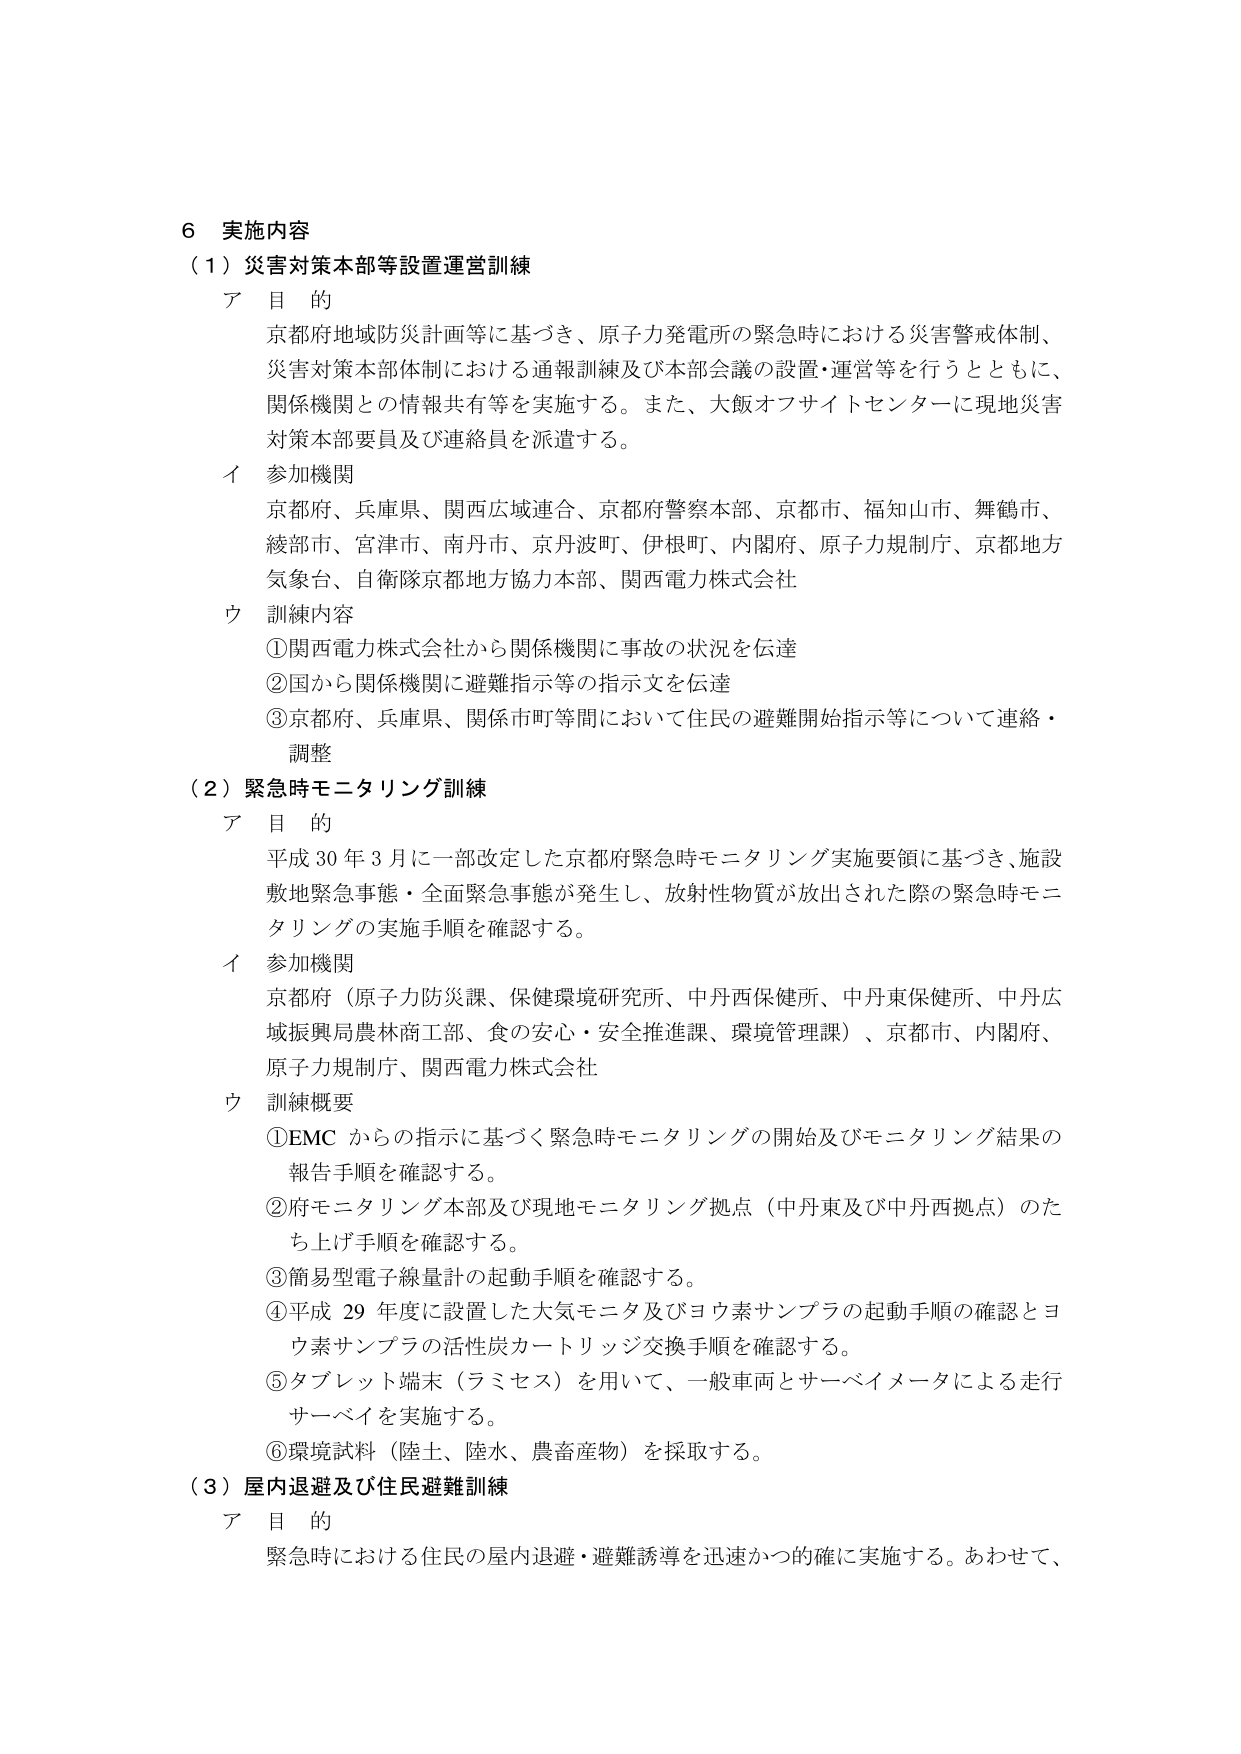
6 実施内容
（1）災害対策本部等設置運営訓練
ア 目 的
京都府地域防災計画等に基づき、原子力発電所の緊急時における災害警戒体制、
災害対策本部体制における通報訓練及び本部会議の設置・運営等を行うとともに、
関係機関との情報共有等を実施する。また、大飯オフサイトセンターに現地災害
対策本部要員及び連絡員を派遣する。
イ 参加機関
京都府、兵庫県、関西広域連合、京都府警察本部、京都市、福知山市、舞鶴市、
綾部市、宮津市、南丹市、京丹波町、伊根町、内閣府、原子力規制庁、京都地方
気象台、自衛隊京都地方協力本部、関西電力株式会社
ウ 訓練内容
①関西電力株式会社から関係機関に事故の状況を伝達
②国から関係機関に避難指示等の指示文を伝達
③京都府、兵庫県、関係市町等間において住民の避難開始指示等について連絡・
調整
（2）緊急時モニタリング訓練
ア 目 的
平成30年3月に一部改定した京都府緊急時モニタリング実施要領に基づき、施設
敷地緊急事態・全面緊急事態が発生し、放射性物質が放出された際の緊急時モニ
タリングの実施手順を確認する。
イ 参加機関
京都府（原子力防災課、保健環境研究所、中丹西保健所、中丹東保健所、中丹広
域振興局農林商工部、食の安心・安全推進課、環境管理課）、京都市、内閣府、
原子力規制庁、関西電力株式会社
ウ 訓練概要
①EMCからの指示に基づく緊急時モニタリングの開始及びモニタリング結果の
報告手順を確認する。
②府モニタリング本部及び現地モニタリング拠点（中丹東及び中丹西拠点）のた
ち上げ手順を確認する。
③簡易型電子線量計の起動手順を確認する。
④平成29年度に設置した大気モニタ及びヨウ素サンプラの起動手順の確認とヨ
ウ素サンプラの活性炭カートリッジ交換手順を確認する。
⑤タブレット端末（ラミセス）を用いて、一般車両とサーベイメータによる走行
サーベイを実施する。
⑥環境試料（陸土、陸水、農畜産物）を採取する。
（3）屋内退避及び住民避難訓練
ア 目 的
緊急時における住民の屋内退避・避難誘導を迅速かつ的確に実施する。あわせて、